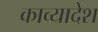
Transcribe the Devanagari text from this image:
काव्यादेश